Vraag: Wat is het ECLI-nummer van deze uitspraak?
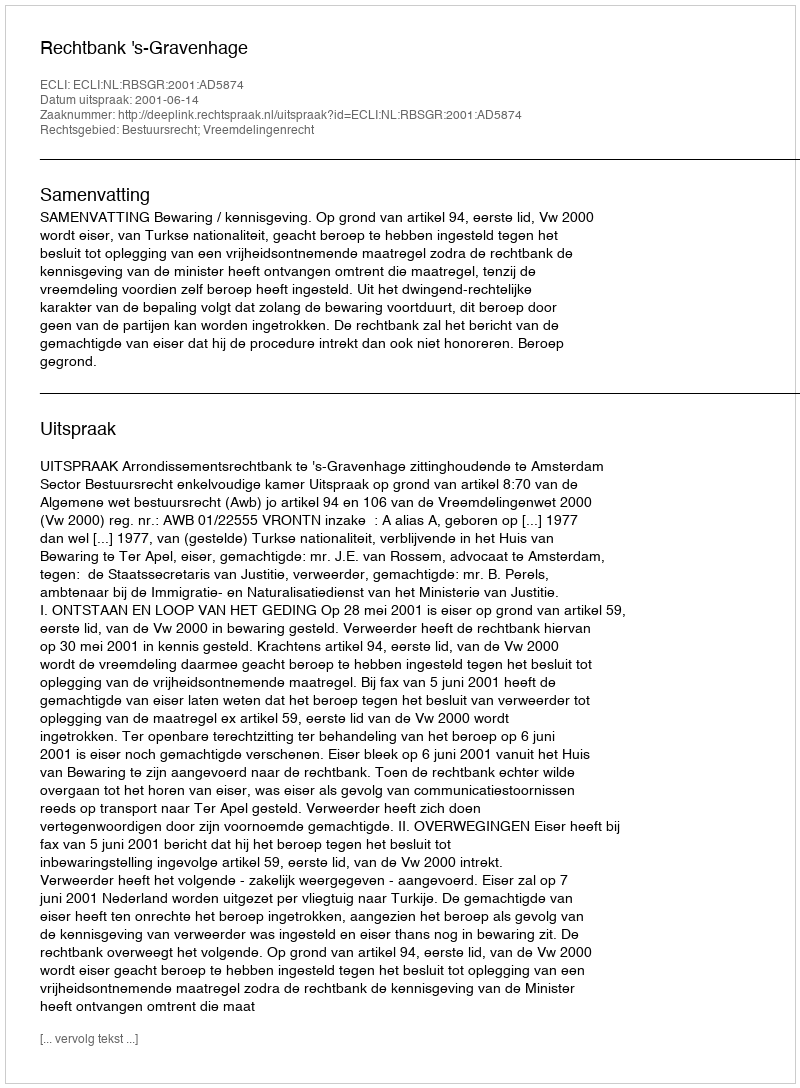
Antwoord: ECLI:NL:RBSGR:2001:AD5874